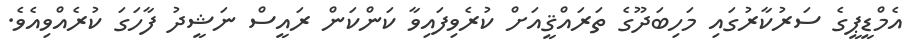
އެމްޑީޕީގެ ސަރުކާރުގައި މަހިބަދޫގެ ތަރައްޤީއަށް ކުރެވިފައިވާ ކަންކަން ރައީސް ނަޝީދު ފާހަގަ ކުރެއްވިއެވެ.